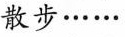
散步…...